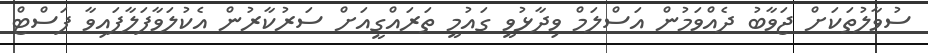
ސުވާލުތަކަށް ޖަވާބު ދެއްވަމުން އަސްލަމް ވިދާޅުވީ ގައުމީ ތަރައްގީއަށް ސަރުކާރުން އެކުލަވާފަލާފައިވާ ފަސްޓް